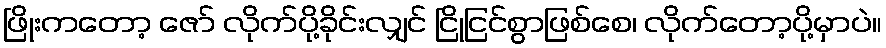
ဖြိုးကတော့ ဇော် လိုက်ပို့ခိုင်းလျှင် ငြိုငြင်စွာဖြစ်စေ၊ လိုက်တော့ပို့မှာပဲ။